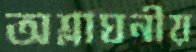
অশ্লাঘনীয়